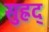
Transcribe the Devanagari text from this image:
सुह्रद्